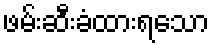
ဖမ်းဆီးခံထားရသော